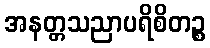
အနတ္တသညာပရိစိတဉ္စ